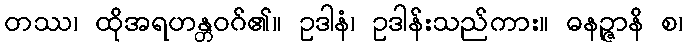
တဿ၊ ထိုအရဟန္တဝဂ်၏။ ဥဒါနံ၊ ဥဒါန်းသည်ကား။ ဓနဉ္ဇာနိ စ၊